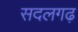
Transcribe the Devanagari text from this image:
सदलगढ़